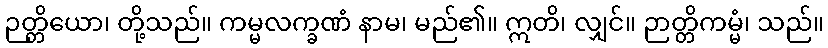
ဉတ္တိယော၊ တို့သည်။ ကမ္မလက္ခဏံ နာမ၊ မည်၏။ ဣတိ၊ လျှင်။ ဉာတ္တိကမ္မံ၊ သည်။